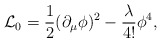
\begin{align*} {\cal L}_0 = {1\over 2} (\partial_{\mu}\phi)^2 - {\lambda \over 4!} \phi^4,\end{align*}